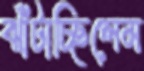
ঝাঁটাচ্ছিলেম